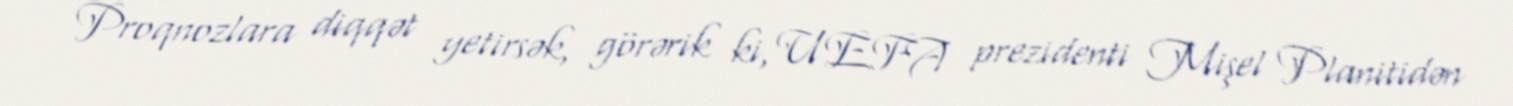
Proqnozlara diqqət yetirsək, görərik ki, UEFA prezidenti Mişel Planitidən